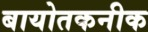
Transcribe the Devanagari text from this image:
बायोतकनीक